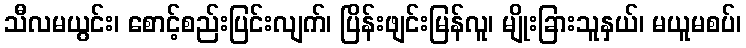
သီလမယွင်း၊ စောင့်စည်းပြင်းလျက်၊ ပြိန်းဖျင်းမြန်လူ၊ မျိုးခြားသူနှယ်၊ မယူမစပ်၊